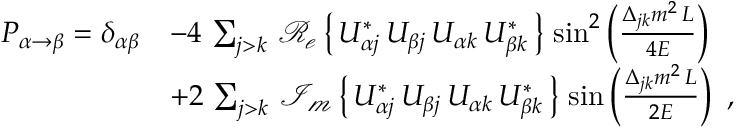
{ \begin{array} { r l } { P _ { \alpha \rightarrow \beta } = \delta _ { \alpha \beta } } & { - 4 \, \sum _ { j > k } \, \operatorname { \mathcal { R _ { e } } } \left\{ \, U _ { \alpha j } ^ { * } \, U _ { \beta j } \, U _ { \alpha k } \, U _ { \beta k } ^ { * } \, \right\} \, \sin ^ { 2 } \left( { \frac { \Delta _ { j k } m ^ { 2 } \, L } { 4 E } } \right) } \\ & { + 2 \, \sum _ { j > k } \, \operatorname { \mathcal { I _ { m } } } \left\{ \, U _ { \alpha j } ^ { * } \, U _ { \beta j } \, U _ { \alpha k } \, U _ { \beta k } ^ { * } \, \right\} \, \sin \left( { \frac { \Delta _ { j k } m ^ { 2 } \, L } { 2 E } } \right) ~ , } \end{array} }